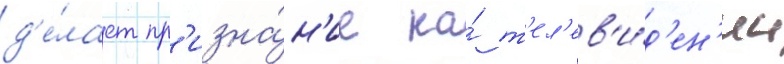
д'е́лает пр'изна́н'ие на́ т'ел'ев'и́д'ен'ии